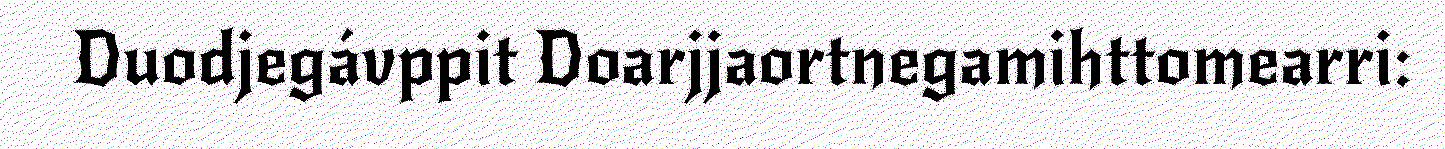
Duodjegávppit Doarjjaortnegamihttomearri: